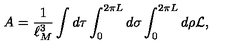
A = { \frac { 1 } { \ell _ { M } ^ { 3 } } } \int d \tau \int _ { 0 } ^ { 2 \pi L } d \sigma \int _ { 0 } ^ { 2 \pi L } d \rho { \cal L } ,